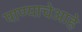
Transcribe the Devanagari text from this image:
पाण्याचेआहे